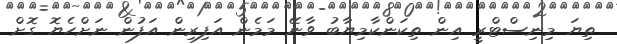
ތިޔަ މިނިސްޓްރީ އިން ތިކަންކާމިޔާބު ވާނޭ މަމެން އަފިރިން އަފުން ނަށްހެޔޮ ގޮށް